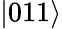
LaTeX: \left|011\right>